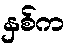
နှစ်က